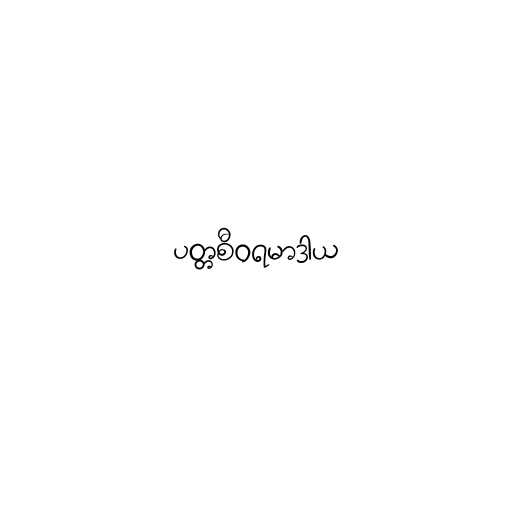
ပတ္တစီဝရမာဒာယ